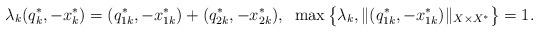
LaTeX: \begin{align*}\lambda_k(q_k^*,-x_k^*)=(q_{1k}^*,-x_{1k}^*)+(q_{2k}^*,-x_{2k}^*),\;\;\max\big\{\lambda_k,\|(q_{1k}^*,-x_{1k}^*)\|_{X\times X^*}\big\}=1.\end{align*}